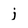
Character: j